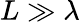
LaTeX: L\gg\lambda